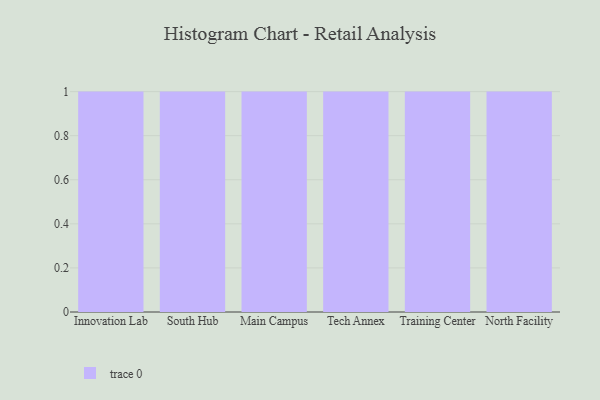
{"axis": {"x": "Campus", "y": "Satisfaction Score"}, "legend": [""], "data": [{"x": "Innovation Lab", "y": 33, "type": ""}, {"x": "South Hub", "y": 58, "type": ""}, {"x": "Main Campus", "y": 52, "type": ""}, {"x": "Tech Annex", "y": 90, "type": ""}, {"x": "Training Center", "y": 44, "type": ""}, {"x": "North Facility", "y": 38, "type": ""}]}